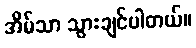
အိမ်သာ သွားချင်ပါတယ်။